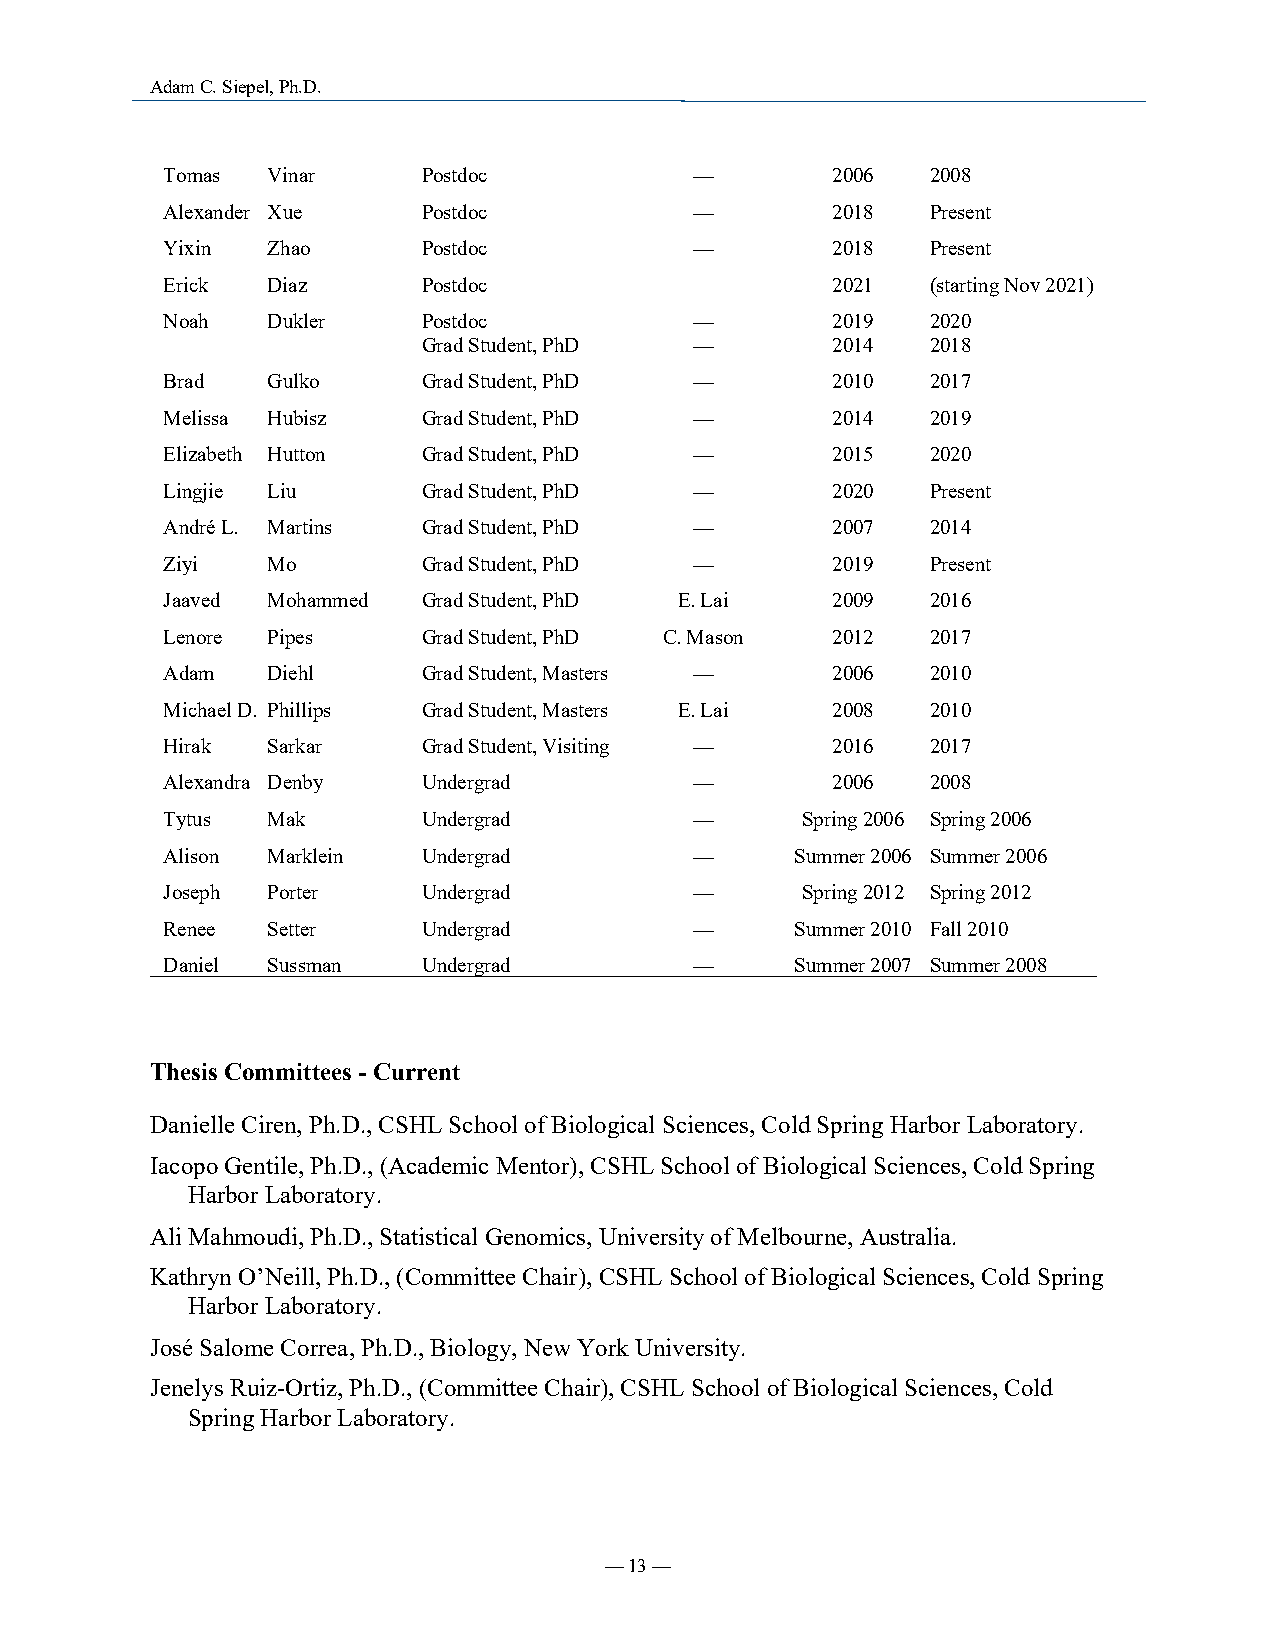
Adam C. Siepel, Ph.D.
 Tomas  Vinar     Postdoc           —        2006   2008
 Alexander Xue    Postdoc           —        2018   Present
 Yixin  Zhao      Postdoc           —        2018   Present
 Erick  Diaz      Postdoc                    2021   (starting Nov 2021)
 Noah   Dukler    Postdoc           —        2019   2020
 Grad Student, PhD —        2014   2018
 Brad   Gulko     Grad Student, PhD —        2010   2017
 Melissa Hubisz   Grad Student, PhD —        2014   2019
 Elizabeth Hutton Grad Student, PhD —        2015   2020
 Lingjie Liu      Grad Student, PhD —        2020   Present
 André L. Martins Grad Student, PhD —        2007   2014
 Ziyi   Mo        Grad Student, PhD —        2019   Present
 Jaaved Mohammed  Grad Student, PhD E. Lai   2009   2016
 Lenore Pipes     Grad Student, PhD C. Mason 2012   2017
 Adam   Diehl     Grad Student, Masters —    2006   2010
 Michael D. Phillips Grad Student, Masters E. Lai 2008 2010
 Hirak  Sarkar    Grad Student, Visiting —   2016   2017
 Alexandra Denby  Undergrad         —        2006   2008
 Tytus  Mak       Undergrad         —      Spring 2006 Spring 2006
 Alison Marklein  Undergrad         —      Summer 2006 Summer 2006
 Joseph Porter    Undergrad         —      Spring 2012 Spring 2012
 Renee  Setter    Undergrad         —      Summer 2010 Fall 2010
 Daniel Sussman   Undergrad         —      Summer 2007 Summer 2008
 Thesis Committees - Current
 Danielle Ciren, Ph.D., CSHL School of Biological Sciences, Cold Spring Harbor Laboratory.
 Iacopo Gentile, Ph.D., (Academic Mentor), CSHL School of Biological Sciences, Cold Spring
 Harbor Laboratory.
 Ali Mahmoudi, Ph.D., Statistical Genomics, University of Melbourne, Australia.
 Kathryn O’Neill, Ph.D., (Committee Chair), CSHL School of Biological Sciences, Cold Spring
 Harbor Laboratory.
 José Salome Correa, Ph.D., Biology, New York University.
 Jenelys Ruiz-Ortiz, Ph.D., (Committee Chair), CSHL School of Biological Sciences, Cold
 Spring Harbor Laboratory.
 — 13 —